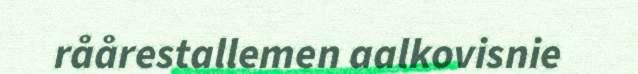
råårestallemen aalkovisnie